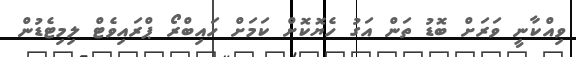
ވިއްކާނީ ވަރަށް ބޮޑު ތަން އަގު ހެޔޮކޮށް ކަމަށް ހައިބްރޯ ޕްރައިވެޓް ލިމިޓެޑުން